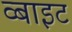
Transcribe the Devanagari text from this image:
व्बाइट